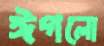
ঈগলো